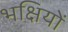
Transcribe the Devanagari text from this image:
भक्षियों